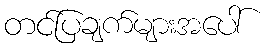
တင်ပြချက်များအပေါ်